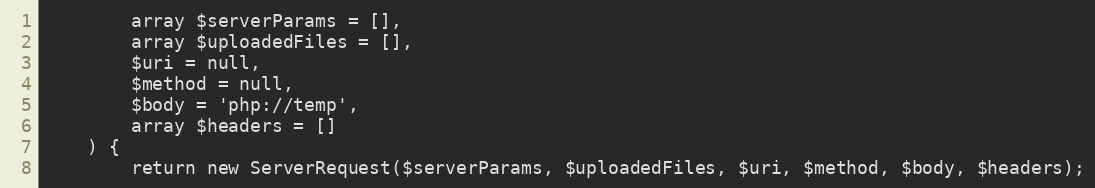
Language: PHP
        array $serverParams = [],
        array $uploadedFiles = [],
        $uri = null,
        $method = null,
        $body = 'php://temp',
        array $headers = []
    ) {
        return new ServerRequest($serverParams, $uploadedFiles, $uri, $method, $body, $headers);